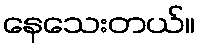
နေသေးတယ်။